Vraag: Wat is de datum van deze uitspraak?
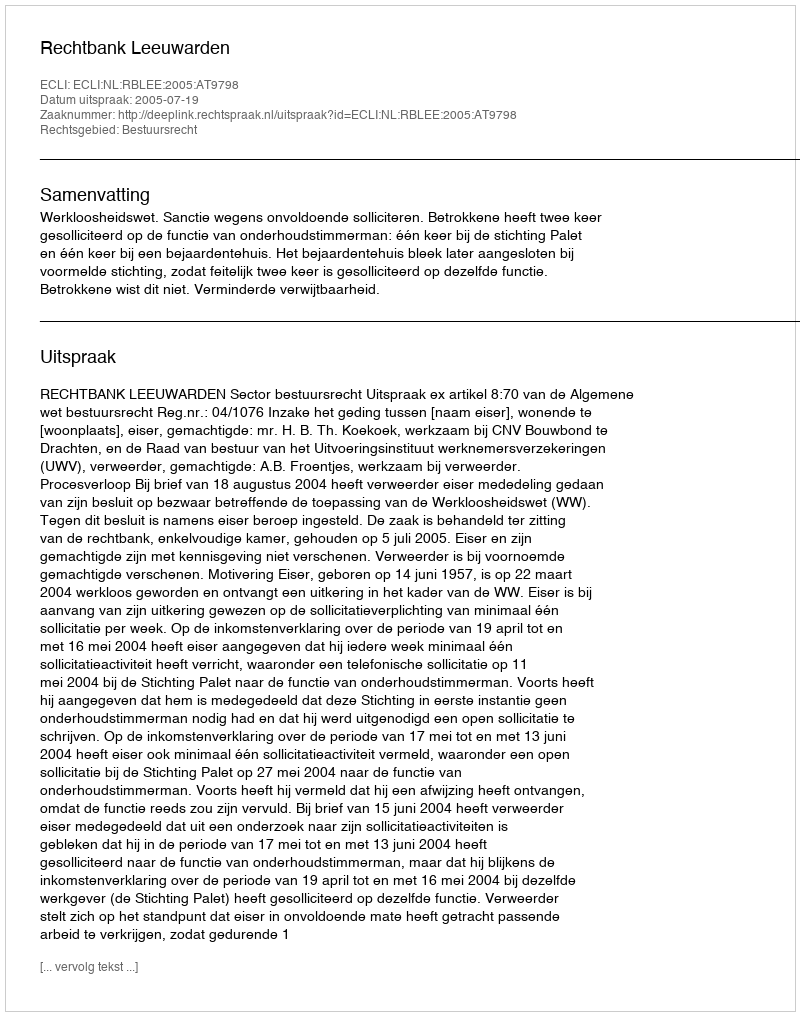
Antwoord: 2005-07-19